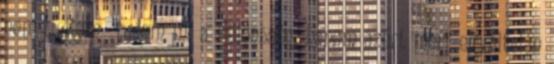
nem tudtam tudom mi a különbség, hanem azért mert egyáltalán